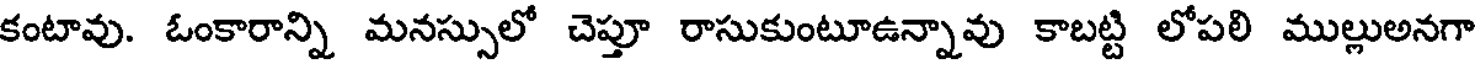
కంటావు. ఓంకారాన్ని మనస్సులో చెప్తూ రాసుకుంటూఉన్నావు కాబట్టి లోపలి ముల్లుఅనగా